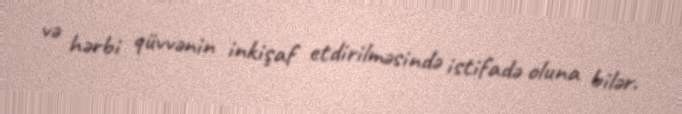
və hərbi qüvvənin inkişaf etdirilməsində istifadə oluna bilər.